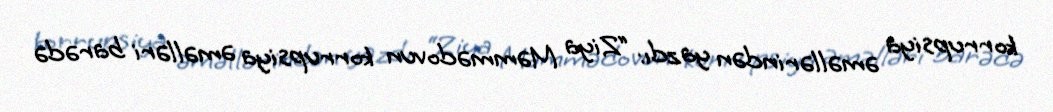
korrupsiya əməllərindən yazdı: “Ziya Məmmədovun korrupsiya əməlləri barədə